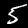
Digit: 5